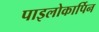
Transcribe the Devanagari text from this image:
पाइलोकार्पिन